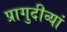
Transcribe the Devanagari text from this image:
प्रागुदीव्यां